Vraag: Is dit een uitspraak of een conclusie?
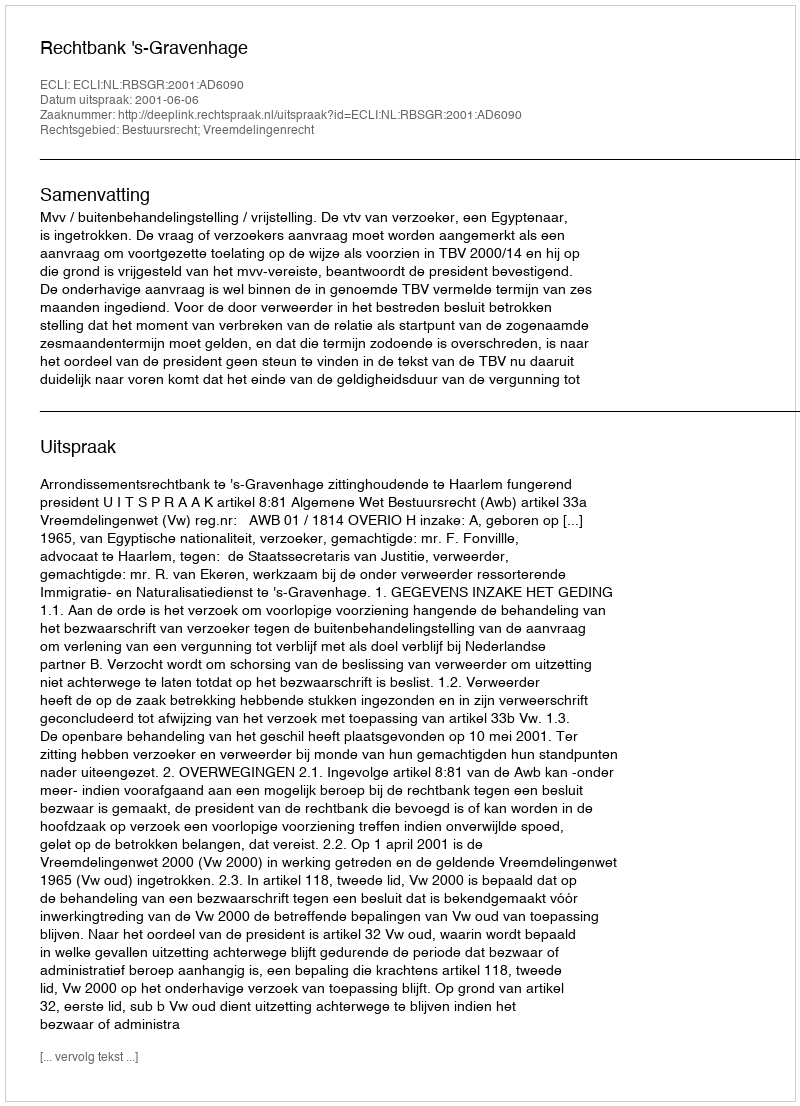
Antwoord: Uitspraak